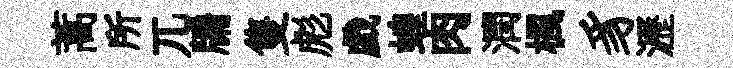
蒿所兀牖隻彪戯蝗肉潤楓豸瀝